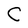
Character: C